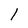
Character: l